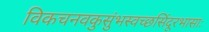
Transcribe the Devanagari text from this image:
विकचनवकुसुंभस्वच्छसिंदूरभासाः